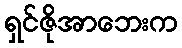
ရှင်ဇိုအာဘေးက